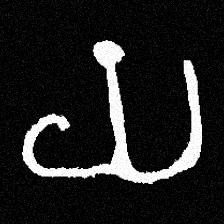
Pyu character \u2014 Myanmar letter: ယ (romanized: ya)